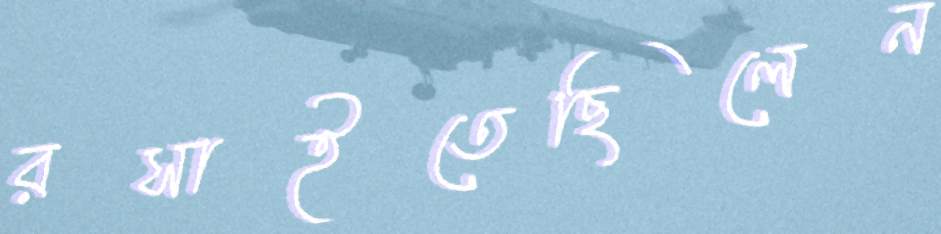
রসাইতেছিলেন